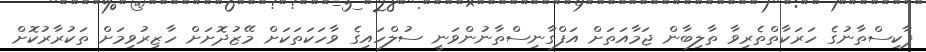
ޕާކިސްތާނުގެ ހަރަކާތްތެރިވާ ތާލިބާން ޖަމާއަތަށް އަފްގާނިސްތާނުންވަނީ ސުލްހައިގެ ވާހަކަތަކަށް މޭޒުދޮށަށް ހާޒިރުވިމަށް ތަކުރާރުކޮށް